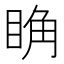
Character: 𥆌